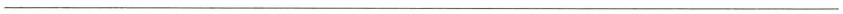
___